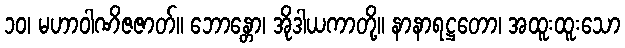
၁၀၊ မဟာဝါဏိဇဇာတ်။ ဘောန္တော၊ အိုဒါယကာတို့။ နာနာရဋ္ဌတော၊ အထူးထူးသော